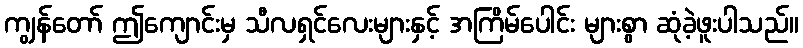
ကျွန်တော် ဤကျောင်းမှ သီလရှင်လေးများနှင့် အကြိမ်ပေါင်း များစွာ ဆုံခဲ့ဖူးပါသည်။